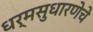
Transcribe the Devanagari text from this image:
धर्मसुधारणेचे